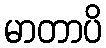
မာတာပိ